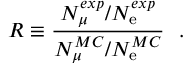
R \equiv { \frac { N _ { \mu } ^ { e x p } / N _ { \mathrm { e } } ^ { e x p } } { N _ { \mu } ^ { M C } / N _ { \mathrm { e } } ^ { M C } } } \ \ .